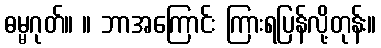
ဓမ္မဂုတ်။ ။ ဘာအကြောင်း ကြားရပြန်လို့တုန်း။